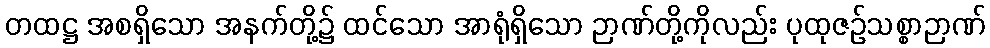
တထဋ္ဌ အစရှိသော အနက်တို့၌ ထင်သော အာရုံရှိသော ဉာဏ်တို့ကိုလည်း ပုထုဇဉ်သစ္စာဉာဏ်